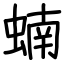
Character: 蝻